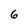
Character: 6